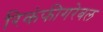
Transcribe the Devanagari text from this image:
रिकंफीगरेबल